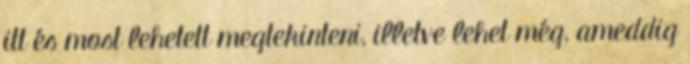
itt és most lehetett megtekinteni, illetve lehet még, ameddig